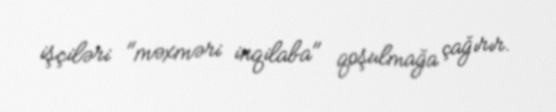
işçiləri "məxməri inqilaba" qoşulmağa çağırır.